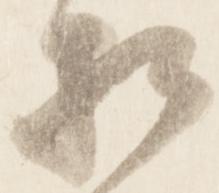
相